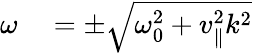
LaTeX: \begin{array}{rl}{\omega}&{{}=\pm\sqrt{\omega_{0}^{2}+v_{\| }^{2}k^{2}}}\end{array}